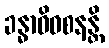
ခန္ဓာဓိဝစနန္တိ